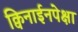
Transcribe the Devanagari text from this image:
क्विनाईनपेक्षा